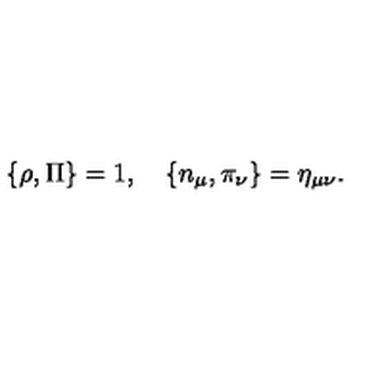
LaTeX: \{ \rho , \Pi \} = 1 , \quad \{ n _ { \mu } , \pi _ { \nu } \} = \eta _ { \mu \nu } .